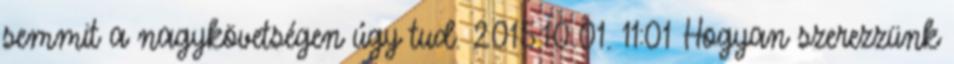
semmit a nagykövetségen úgy tud. 2015.10.01. 11:01 Hogyan szerezzünk